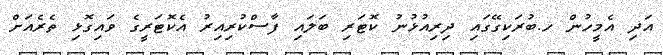
އަދި އެމީހުން ހ.ބުރަކިގޭގައި ދިރިއުޅުނު ކޮޓަރި ބަލައި ފާސްކުރިއިރު އެކޮޓަރީގެ ވައިގޮޅި ތެރެއަށް